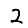
Digit: 2